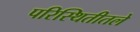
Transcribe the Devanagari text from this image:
परिस्थितीतले